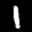
Label: 1